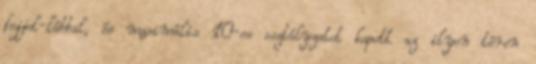
fejjel-lábbal, és maximális 10-es osztályzatot kapott az ilyen téren